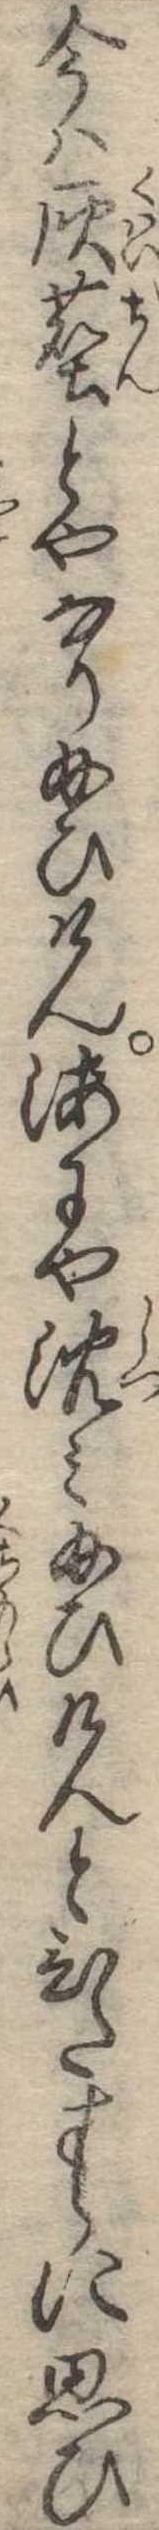
今は灰麈とやなり給ひけん海にや沈み給ひけんとひたすらに思ひ